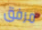
مرفق